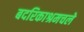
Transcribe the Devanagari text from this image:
बदरिकाश्रमचले